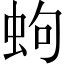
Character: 蚼